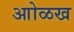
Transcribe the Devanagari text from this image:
आोळख